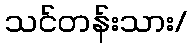
သင်တန်းသား/